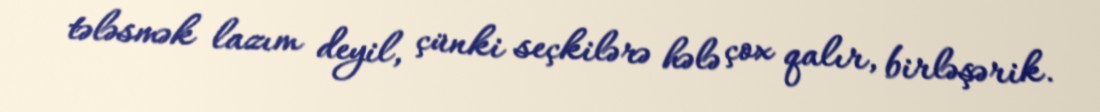
tələsmək lazım deyil, çünki seçkilərə hələ çox qalır, birləşərik.